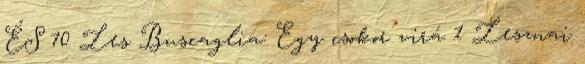
ÉS 70 Les Buscaglia: Egy csokor virá 1 Lesznai